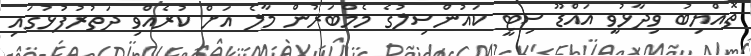
ތޮއްޔިބު ވިދާޅުވީ އައްޑޫ ސިޓީ ކައުންސިލުގެ މެމްބަރުން މާލެ އަށް ކުރެއްވި ދަތުރުފުޅުގައި